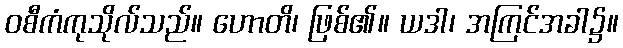
ဝစီကံကုသိုလ်သည်။ ဟောတိ၊ ဖြစ်၏။ ယဒါ၊ အကြင်အခါ၌။